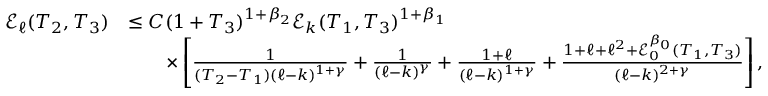
\begin{array} { r l } { \mathcal { E } _ { \ell } ( T _ { 2 } , T _ { 3 } ) } & { \le C ( 1 + T _ { 3 } ) ^ { 1 + \beta _ { 2 } } \mathcal { E } _ { k } ( T _ { 1 } , T _ { 3 } ) ^ { 1 + \beta _ { 1 } } } \\ & { \qquad \times \left[ \frac { 1 } { ( T _ { 2 } - T _ { 1 } ) ( \ell - k ) ^ { 1 + \gamma } } + \frac { 1 } { ( \ell - k ) ^ { \gamma } } + \frac { 1 + \ell } { ( \ell - k ) ^ { 1 + \gamma } } + \frac { 1 + \ell + \ell ^ { 2 } + \mathcal { E } _ { 0 } ^ { \beta _ { 0 } } ( T _ { 1 } , T _ { 3 } ) } { ( \ell - k ) ^ { 2 + \gamma } } \right] , } \end{array}